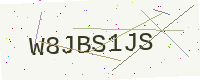
Text: W8JBS1JS